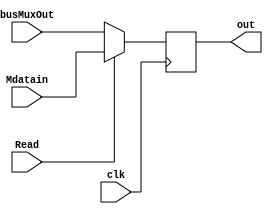
module TwoToOneMux(input wire clk, Read, input wire [31:0] busMuxOut, input wire [31:0] Mdatain, output reg [31:0] out);
	always@(posedge clk) begin
		if (Read) 
			out[31:0] <= Mdatain[31:0];
		else 
			out[31:0] <= busMuxOut[31:0];
	end
endmodule